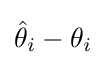
{\hat {\theta }}_{i}-\theta _{i}